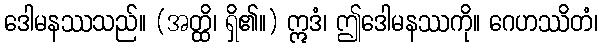
ဒေါမနဿသည်။ (အတ္ထိ၊ ရှိ၏။) ဣဒံ၊ ဤဒေါမနဿကို။ ဂေဟဿိတံ၊